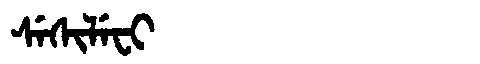
Manchu: ᠰᡝᠰᡳᠯᡝᠸᡳ
Romanization: SESILEFI